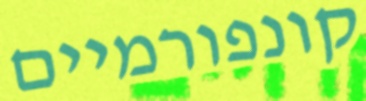
קונפורמיים